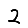
Digit: 2